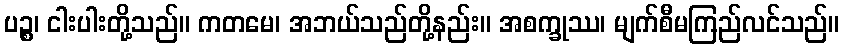
ပဉ္စ၊ ငါးပါးတို့သည်။ ကတမေ၊ အဘယ်သည်တို့နည်း။ အစက္ခုဿ၊ မျက်စီမကြည်လင်သည်။